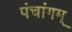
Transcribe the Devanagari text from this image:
पंचांगम्